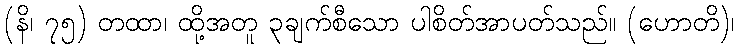
(နိ၊ ၇၅) တထာ၊ ထို့အတူ ၃ချက်စီသော ပါစိတ်အာပတ်သည်။ (ဟောတိ)၊